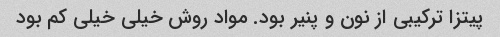
پیتزا ترکیبی از نون و پنیر بود. مواد روش خیلی خیلی کم بود